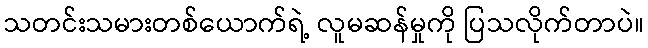
သတင်းသမားတစ်ယောက်ရဲ့ လူမဆန်မှုကို ပြသလိုက်တာပဲ။